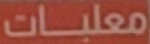
معلبات